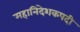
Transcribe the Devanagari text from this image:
महानिदेशकपदी